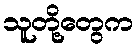
သူတို့တွေက